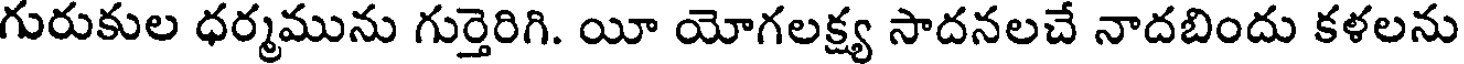
గురుకుల ధర్మమును గుర్తెరిగి. యీ యోగలక్ష్య సాదనలచే నాదబిందు కళలను